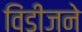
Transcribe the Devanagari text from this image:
विंडीजने